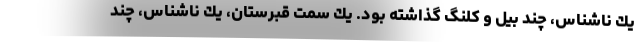
يك ناشناس، چند بيل و كلنگ گذاشته بود. يك سمت قبرستان، يك ناشناس، چند